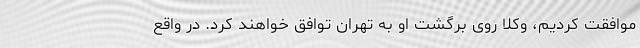
موافقت کردیم، وکلا روی برگشت او به تهران توافق خواهند کرد. در واقع